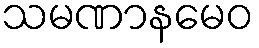
သမဏာနမေဝ